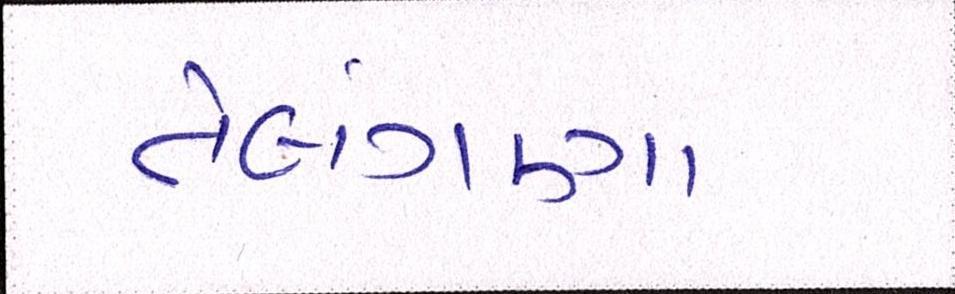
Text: તેલંગણા